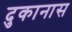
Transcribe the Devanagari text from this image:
दुकानास